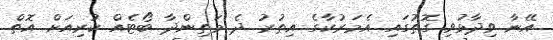
އޭނާ ވިދާޅުވި ގޮތުގައި އެމަރުކާގެ އިތުރު ދެ މަތިންދާ ބޯޓެއް ކުރިއަށް އޮތް